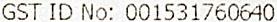
GST ID NO: 001531760640